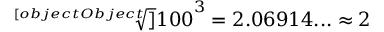
{ \sqrt [ [object Object] ] { 1 0 0 } } ^ { 3 } = 2 . 0 6 9 1 4 . . . \approx 2